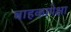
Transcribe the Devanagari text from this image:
वाहकापेक्षा